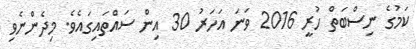
ކަމުގެ ނިސްބަތް ހުރީ 2016 ވަނަ އަހަރު 30 އިން ސައްތައިގައެވެ. މިދެންނެވި